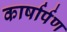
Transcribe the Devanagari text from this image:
कार्षार्पण